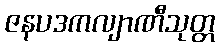
ဇနပဒကလျာဏီသုတ္တ